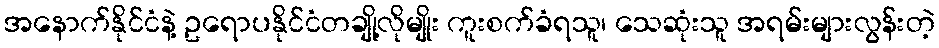
အနောက်နိုင်ငံနဲ့ ဥရောပနိုင်ငံတချို့လိုမျိုး ကူးစက်ခံရသူ၊ သေဆုံးသူ အရမ်းများလွန်းတဲ့